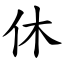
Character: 休